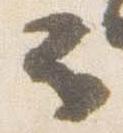
云